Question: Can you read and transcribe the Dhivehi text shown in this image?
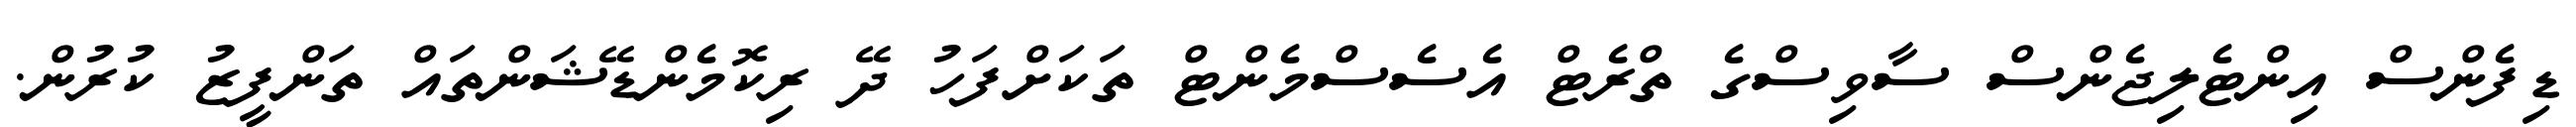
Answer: ޑިފެންސް އިންޓެލިޖެންސް ސާވިސްގެ ތްރެޓް އެސެސްމެންޓް ތަކަށްފަހު ދޭ ރިކޮމެންޑޭޝަންތައް ތަންފީޒު ކުރުން.